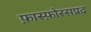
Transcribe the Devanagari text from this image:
फ़ास्फ़ोरसप्रद